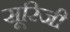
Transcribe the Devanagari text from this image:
सूरिजी